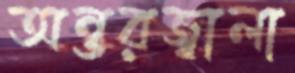
অন্তরজ্বালা